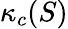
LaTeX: \kappa_{c}(S)